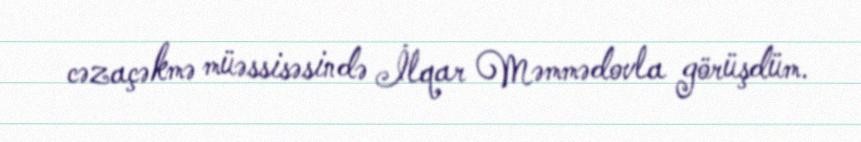
cəzaçəkmə müəssisəsində İlqar Məmmədovla görüşdüm.